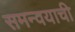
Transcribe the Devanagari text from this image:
समन्वयाची